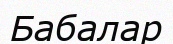
Бабалар